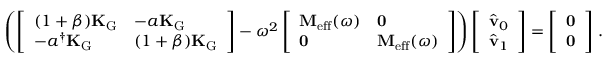
\left( \left[ \begin{array} { l l } { ( 1 + \beta ) \mathbf { K } _ { \mathrm { G } } } & { - a \mathbf { K } _ { \mathrm { G } } } \\ { - a ^ { \dagger } \mathbf { K } _ { \mathrm { G } } } & { ( 1 + \beta ) \mathbf { K } _ { \mathrm { G } } } \end{array} \right] - \omega ^ { 2 } \left[ \begin{array} { l l } { \mathbf { M } _ { \mathrm { e f f } } ( \omega ) } & { \mathbf { 0 } } \\ { \mathbf { 0 } } & { \mathbf { M } _ { \mathrm { e f f } } ( \omega ) } \end{array} \right] \right) \left[ \begin{array} { l } { \hat { \mathbf { v } } _ { 0 } } \\ { \hat { \mathbf { v } } _ { 1 } } \end{array} \right] = \left[ \begin{array} { l } { \mathbf { 0 } } \\ { \mathbf { 0 } } \end{array} \right] \, .